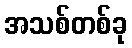
အသစ်တစ်ခု